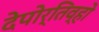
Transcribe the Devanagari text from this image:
देपोर्तिव्हो